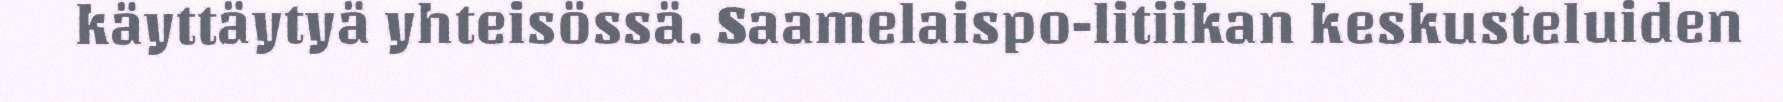
käyttäytyä yhteisössä. Saamelaispo-litiikan keskusteluiden